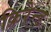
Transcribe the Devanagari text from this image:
क्रिरेन्ड